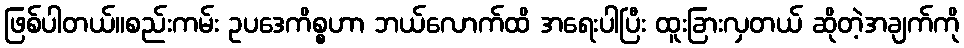
ဖြစ်ပါတယ်။စည်းကမ်း ဥပဒေကိစ္စဟာ ဘယ်လောက်ထိ အရေးပါပြီး ထူးခြားလှတယ် ဆိုတဲ့အချက်ကို